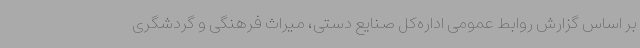
بر اساس گزارش روابط عمومی اداره‌کل صنایع دستی، میراث فرهنگی و گردشگری